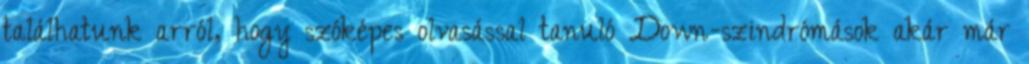
találhatunk arról, hogy szóképes olvasással tanuló Down-szindrómások akár már